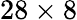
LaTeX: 28\times 8